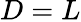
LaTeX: D=L